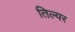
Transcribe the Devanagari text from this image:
तिल्यर